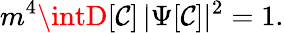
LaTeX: m^{4}\intD[\mathcal{C}]\, \vert\Psi[\mathcal{C}]\vert^{2}=1.